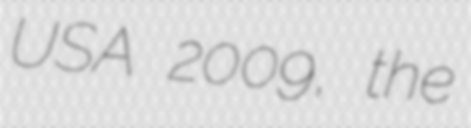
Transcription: USA 2009, the